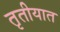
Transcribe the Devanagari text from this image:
तृतीयात